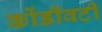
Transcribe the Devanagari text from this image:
कोंडीवटी